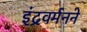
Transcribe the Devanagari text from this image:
इंद्रवर्मनने